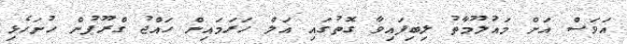
އަވަސް އަށް މައުލޫމާތު ލިބިފައިވާ ގޮތުގައި އަލް ހަރަމައިން ހައްޖު ގްރޫޕުން ހުށަހެޅި